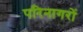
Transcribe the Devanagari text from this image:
परिनागरों